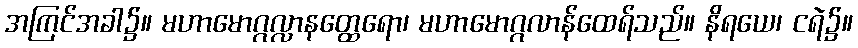
အကြင်အခါ၌။ မဟာမောဂ္ဂလ္လာနတ္ထေရော၊ မဟာမောဂ္ဂလာန်ထေရ်သည်။ နိရယေ၊ ငရဲ၌။